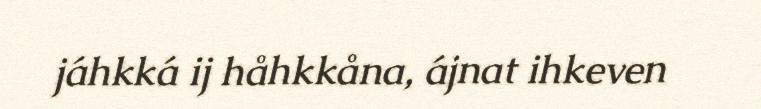
jáhkká ij håhkkåna, ájnat ihkeven